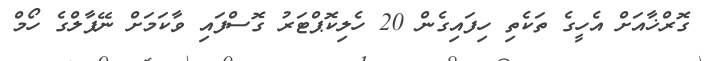
ގޮރްޚާއަށް އެހީގެ ތަކެތި ހިފައިގެން 20 ހެލިކޮޕްޓަރު ގޮސްފައި ވާކަމަށް ނޭޕާލްގެ ހޯމް